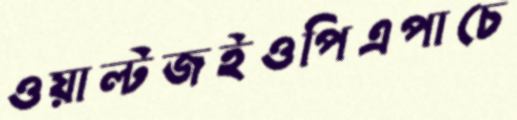
ওয়াল্টজইওপিএপাচে